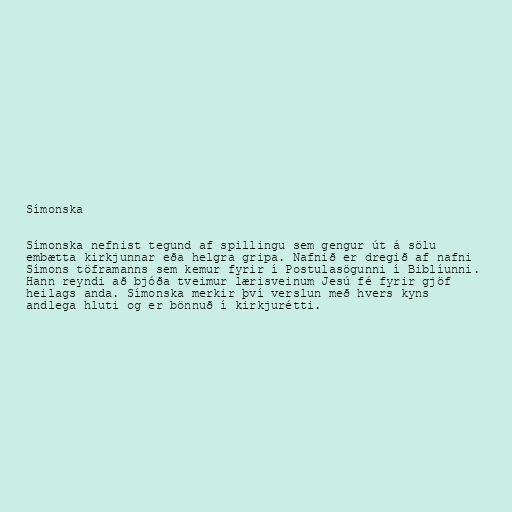
Símonska

Símonska nefnist tegund af spillingu sem gengur út á sölu
embætta kirkjunnar eða helgra gripa. Nafnið er dregið af nafni
Símons töframanns sem kemur fyrir í Postulasögunni í Biblíunni.
Hann reyndi að bjóða tveimur lærisveinum Jesú fé fyrir gjöf
heilags anda. Símonska merkir því verslun með hvers kyns
andlega hluti og er bönnuð í kirkjurétti.